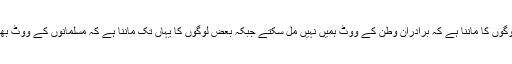
فکروخبر : کانگریس کی طرف مسلم امیدوار کھڑا ہوتاہے تو لوگوں کا ماننا ہے کہ برادرانِ وطن کے ووٹ ہمیں نہیں مل سکتے جبکہ بعض لوگوں کا یہاں تک ماننا ہے کہ مسلمانوں کے ووٹ بھی تقسیم ہونے کا خطرہ ہے ، اس سلسلہ میں آپ کیا کہیں گے؟